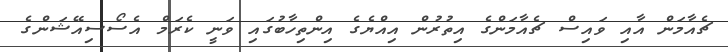
ޗެއާމަން އާއި ވައިސް ޗެއާމަންގެ އިތުރުން އިއްޔެގެ އިންތިހާބުގައި ވަނީ ކެރަމް އެސޯސިއޭޝަންގެ